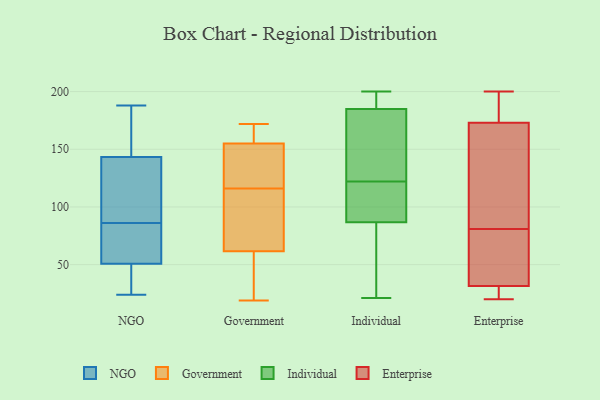
{"axis": {"x": "Latency (ms)", "y": "Value"}, "legend": ["Enterprise", "Government", "Individual", "NGO"], "data": [{"x": "", "y": 27, "type": "NGO"}, {"x": "", "y": 32, "type": "NGO"}, {"x": "", "y": 58, "type": "NGO"}, {"x": "", "y": 106, "type": "NGO"}, {"x": "", "y": 124, "type": "NGO"}, {"x": "", "y": 86, "type": "NGO"}, {"x": "", "y": 139, "type": "NGO"}, {"x": "", "y": 24, "type": "NGO"}, {"x": "", "y": 50, "type": "NGO"}, {"x": "", "y": 156, "type": "NGO"}, {"x": "", "y": 83, "type": "NGO"}, {"x": "", "y": 163, "type": "NGO"}, {"x": "", "y": 91, "type": "NGO"}, {"x": "", "y": 178, "type": "NGO"}, {"x": "", "y": 51, "type": "NGO"}, {"x": "", "y": 188, "type": "NGO"}, {"x": "", "y": 62, "type": "NGO"}, {"x": "", "y": 171, "type": "Government"}, {"x": "", "y": 133, "type": "Government"}, {"x": "", "y": 20, "type": "Government"}, {"x": "", "y": 172, "type": "Government"}, {"x": "", "y": 93, "type": "Government"}, {"x": "", "y": 19, "type": "Government"}, {"x": "", "y": 47, "type": "Government"}, {"x": "", "y": 150, "type": "Government"}, {"x": "", "y": 160, "type": "Government"}, {"x": "", "y": 109, "type": "Government"}, {"x": "", "y": 123, "type": "Government"}, {"x": "", "y": 76, "type": "Government"}, {"x": "", "y": 197, "type": "Individual"}, {"x": "", "y": 54, "type": "Individual"}, {"x": "", "y": 183, "type": "Individual"}, {"x": "", "y": 68, "type": "Individual"}, {"x": "", "y": 200, "type": "Individual"}, {"x": "", "y": 122, "type": "Individual"}, {"x": "", "y": 153, "type": "Individual"}, {"x": "", "y": 21, "type": "Individual"}, {"x": "", "y": 191, "type": "Individual"}, {"x": "", "y": 151, "type": "Individual"}, {"x": "", "y": 106, "type": "Individual"}, {"x": "", "y": 93, "type": "Individual"}, {"x": "", "y": 97, "type": "Individual"}, {"x": "", "y": 28, "type": "Enterprise"}, {"x": "", "y": 22, "type": "Enterprise"}, {"x": "", "y": 23, "type": "Enterprise"}, {"x": "", "y": 47, "type": "Enterprise"}, {"x": "", "y": 78, "type": "Enterprise"}, {"x": "", "y": 35, "type": "Enterprise"}, {"x": "", "y": 96, "type": "Enterprise"}, {"x": "", "y": 86, "type": "Enterprise"}, {"x": "", "y": 198, "type": "Enterprise"}, {"x": "", "y": 20, "type": "Enterprise"}, {"x": "", "y": 180, "type": "Enterprise"}, {"x": "", "y": 132, "type": "Enterprise"}, {"x": "", "y": 170, "type": "Enterprise"}, {"x": "", "y": 79, "type": "Enterprise"}, {"x": "", "y": 200, "type": "Enterprise"}, {"x": "", "y": 181, "type": "Enterprise"}, {"x": "", "y": 65, "type": "Enterprise"}, {"x": "", "y": 176, "type": "Enterprise"}, {"x": "", "y": 83, "type": "Enterprise"}, {"x": "", "y": 24, "type": "Enterprise"}]}